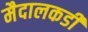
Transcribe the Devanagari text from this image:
मैदालकडी